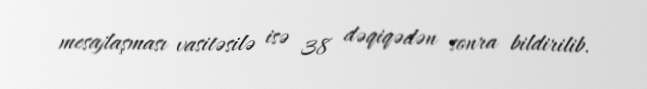
mesajlaşması vasitəsilə isə 38 dəqiqədən sonra bildirilib.